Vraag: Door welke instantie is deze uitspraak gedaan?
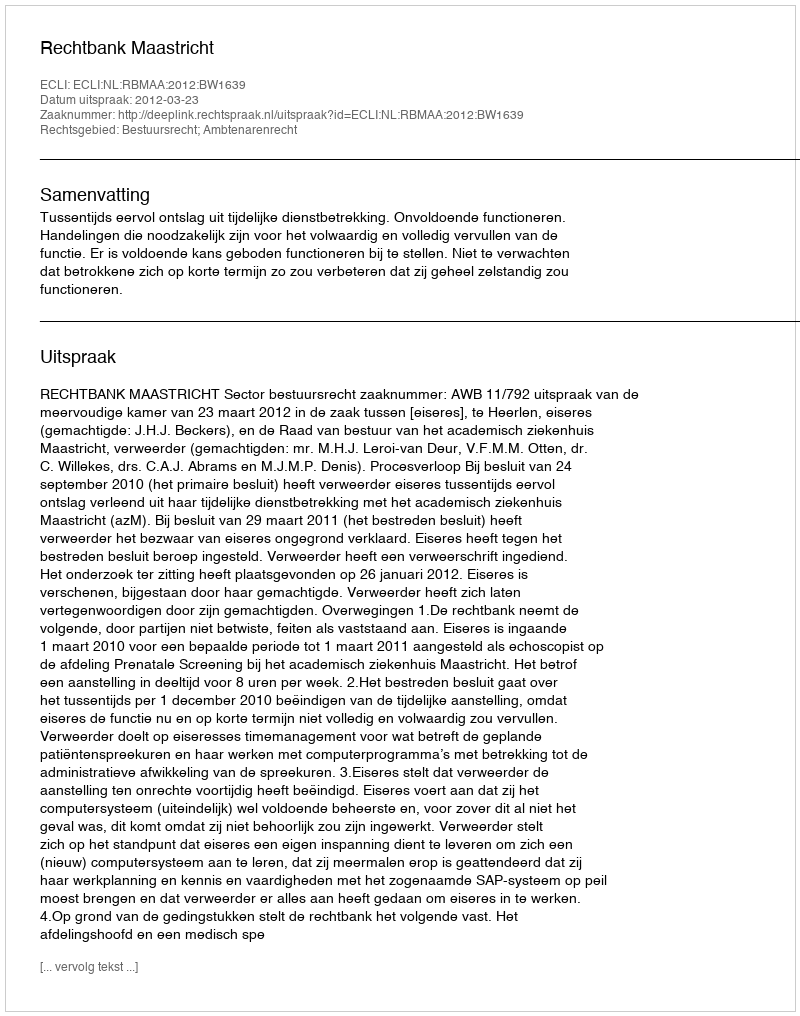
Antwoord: Rechtbank Maastricht